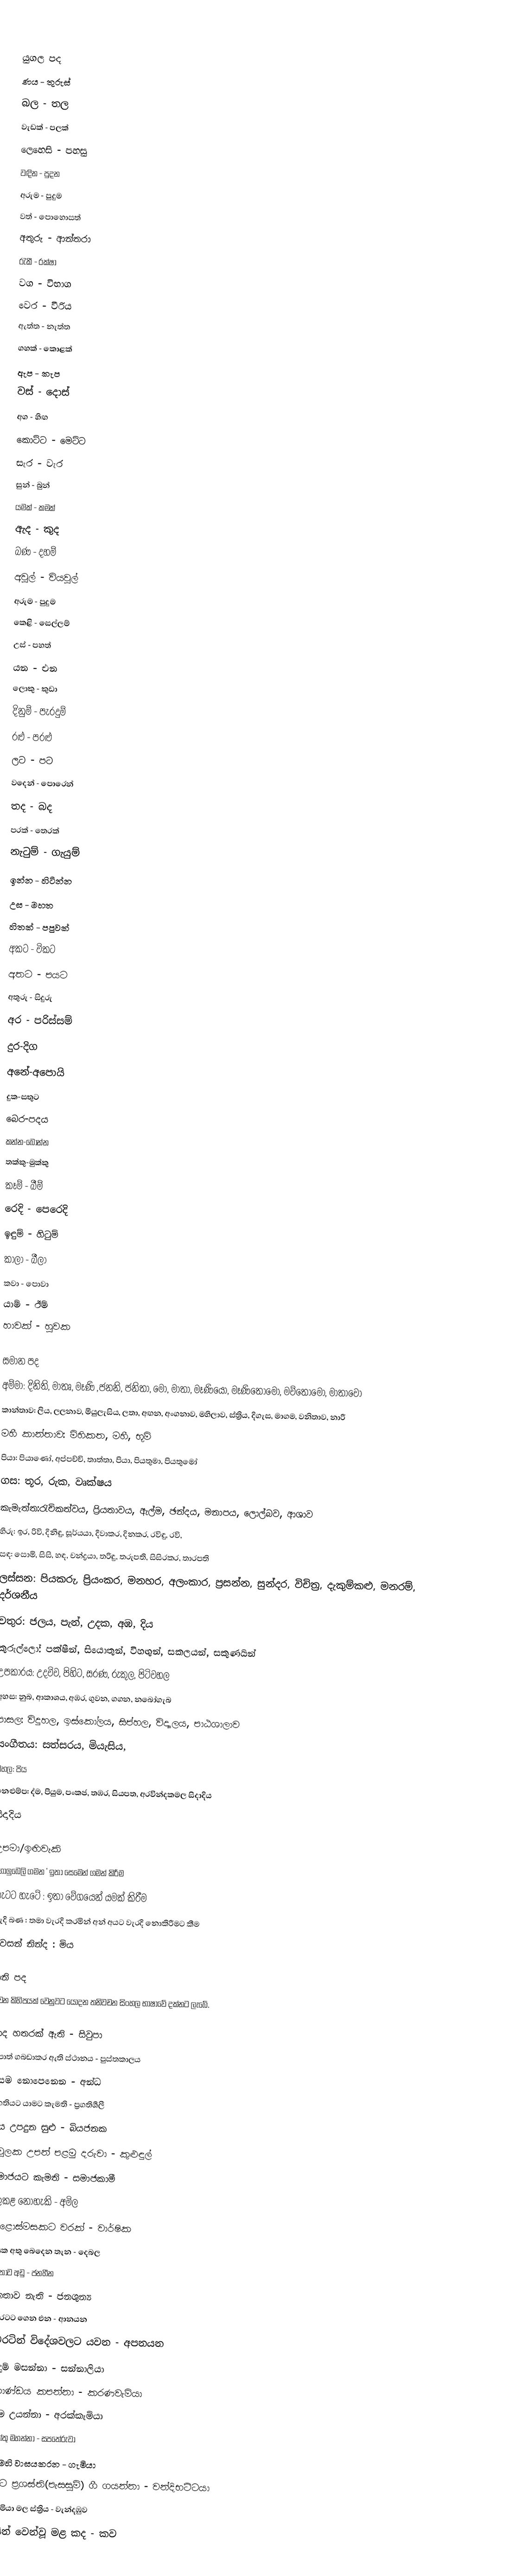

යුගල පද
ණය - තුරුස්
බල - තල
වැඩක් - පලක්
ලෙහෙසි - පහසු
වඳින - පුදන
අරුම - පුදුම
වත් - පොහොසත්
අතුරු - ආන්තරා
රැකී - රක්ෂා
වග - විභාග
වෙර - වීරිය
ඇත්ත - නැත්ත
ගහක් - කොළක්
ඇප - කැප
වස් - දොස්
අග - හිඟ
කොට්ට - මෙට්ට
සැර - වැර
සුන් - බුන්
යමක් - කමක්
ඇද - කුද
බණ - දහම්
අවුල් - වියවුල්
අරුම - පුදුම
කෙළි - සෙල්ලම්
උස් - පහත්
යන - එන
ලොකු - කුඩා
දිනුම් - පැරදුම්
රළු - පරළු
ලට - පට
වදෙන් - පොරෙන්
තද - බද
පරක් - තෙරක්
නැටුම් - ගැයුම්
ඉන්න - හිටින්න
උස - මහත
හිතක් - පපුවක්
අකට - විකට
අතට - පයට
අතුරු - සිදුරු
අර - පරිස්සම්
දුර-දිග
අනේ-අපොයි
දුක-සතුට
බෙර-පදය
කන්න-බොන්න
තක්කු-මුක්කු
කෑම් - බීම්
රෙදි - පෙරෙදි
ඉඳුම් - හිටුම්
කාලා - බීලා
කවා - පොවා
යාම් - ඊම්
හාවක් - හුවක

සමාන පද
අම්මා: දිනිති, මාතෘ, මෑණි ,ජනනි, ජනිතා, මෝ, මාතා, මෑණියෝ, මෑණිතොමෝ, මව්තොමෝ, මාතාවෝ
කාන්තාව: ලිය, ලලනාව, මියුලැසිය, ලතා, අඟන, අංගනාව, මහිලාව, ස්ත්‍රිය, දිගැස, මාගම, වනිතාව, නාරී
මහී කාන්තාව: මිහිකත, මහී, භූමි
පියා: පියාණෝ, අප්පච්චි, තාත්තා, පියා, පියතුමා, පියතුමෝ
 ගස: තූර, රුක, වෘක්ෂය
කැමැත්ත:රැචිකත්වය, ප්‍රියතාවය, ඇල්ම, ඡන්දය, මනාපය, ලොල්බව, ආශාව
හිරු: ඉර, රිවි, දිනිඳු, සූර්යයා, දිවාකර, දිනකර, රවිඳු, රවි,
සඳ: සොමි, සිසි, හඳ, චන්ද්‍රයා, තරිඳු, තරුපති, සිසිරකර, තාරපති
ලස්සන: පියකරු, ප්‍රියංකර, මනහර, අලංකාර, ප්‍රසන්න, සුන්දර, විචිත්‍ර, දැකුම්කළු, මනරම්, දර්ශනීය
වතුර: ජලය, පැන්, උදක, අඹ, දිය
කුරුල්ලෝ: පක්ෂීන්, සියොතුන්, විහඟුන්, සකලයන්, සකුණයින්
උපකාරය: උදවිව, පිහිට, සරණ, රුකුල, පිටිවහල
අහස: නුබ, ආකාශය, අඹර, ගුවන, ගගන, නබෝගැබ
පාසල: විදුහල, ඉස්කෝලය, සිප්හල, විද්‍යාලය, පාඨශාලාව
සංගීතය: සත්සරය, මියැසිය,
වහල: පිය
නෙළුම්ප: ද්ම, පියුම, පංකජ, තඹර, සියපත, අරවින්දකමල සිදාදිය
සිදාදිය

උපමා/ඉඟිවැකි
 ගොලුබෙලි ගමන ' ඉතා සෙමෙන් ගමන් කිරීම
 හැටට හැටේ : ඉතා වේගයෙන් යමක් කිරීම
 වැදි බණ : තමා වැරදි කරමින් අන් අයට වැරදි නොකිරීමට කීම
 අවසන් නින්ද : මිය

තනි පද
වචන කිහිපයක් වෙනුවට යොදන තනිවචන සිංහල භාෂාවේ දක්නට ලැබේ.

 පාද හතරක් ඇති - සිවුපා
 පොත් ගබඩාකර ඇති ස්ථානය - පුස්තකාලය
 දෑසම නොපෙනෙන - අන්ධ
 ප්‍රගතියට යාමට කැමති - ප්‍රගතිශීලී
 බිය උපදුන සුළු - බියජනක
 පවුලක උපන් පළමු දරුවා - කුළුඳුල්
 සමාජයට කැමති - සමාජකාමී
 මිලකළ නොහැකි - අමිල
 දොළොස්මසකට වරක් - වාර්ෂික
 ගසක අතු බෙදෙන තැන - දෙබල
 ජනතාව අඩු - ජනහීන
ජනතාව නැති - ජනශුන්‍ය
 මෙරටට ගෙන එන - ආනයන
 මෙරටින් විදේශවලට යවන - අපනයන
 ඇඳුම් මසන්නා - සන්නාලියා
 කොණ්ඩය කපන්නා - කරණවැමියා
 කෑම උයන්නා - අරක්කැමියා
 සපත්තු මහන්නා - සපතේරුවා
 ගමෙහි වාසයකරන - ගැමියා
 රජුට ප්‍රශස්ති(පැසසුම්) ගී ගයන්නා - වන්දිභට්ටයා
 ස්වාමියා මල ස්ත්‍රිය - වැන්දඹුව
 හිසින් වෙන්වූ මළ කද - කව